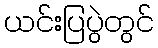
ယင်းပြပွဲတွင်